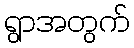
ရွာအတွက်